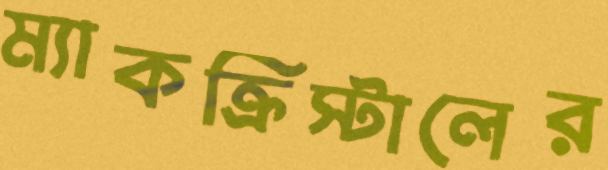
ম্যাকক্রিস্টালের